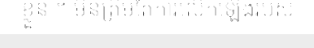
ខ្លួន ។ មិនត្រឹមតែការលើកឡើងរបស់